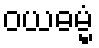
ဝယဓမ္မံ